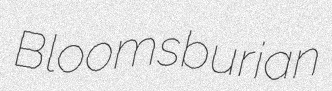
Bloomsburian